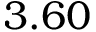
3 . 6 0